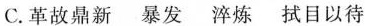
C.革故鼎新 暴发 淬炼 拭目以待